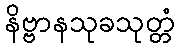
နိဗ္ဗာနသုခသုတ္တံ